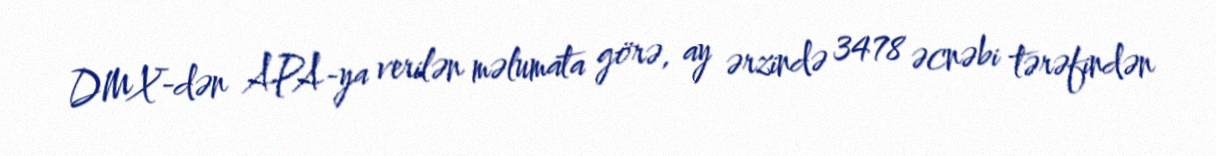
DMX-dən APA-ya verilən məlumata görə, ay ərzində 3478 əcnəbi tərəfindən